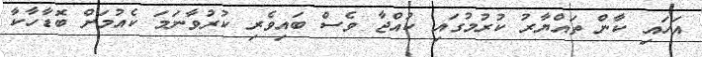
އަހައި ކާން ތައްޔާރު ކުރުމުގައި ކުއްޖާ ވެސް ބައިވެރި ކުރުވާނަމަ ކެއުމަށް ބޮޑާހާކާ